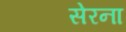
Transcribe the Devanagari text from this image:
सेरना